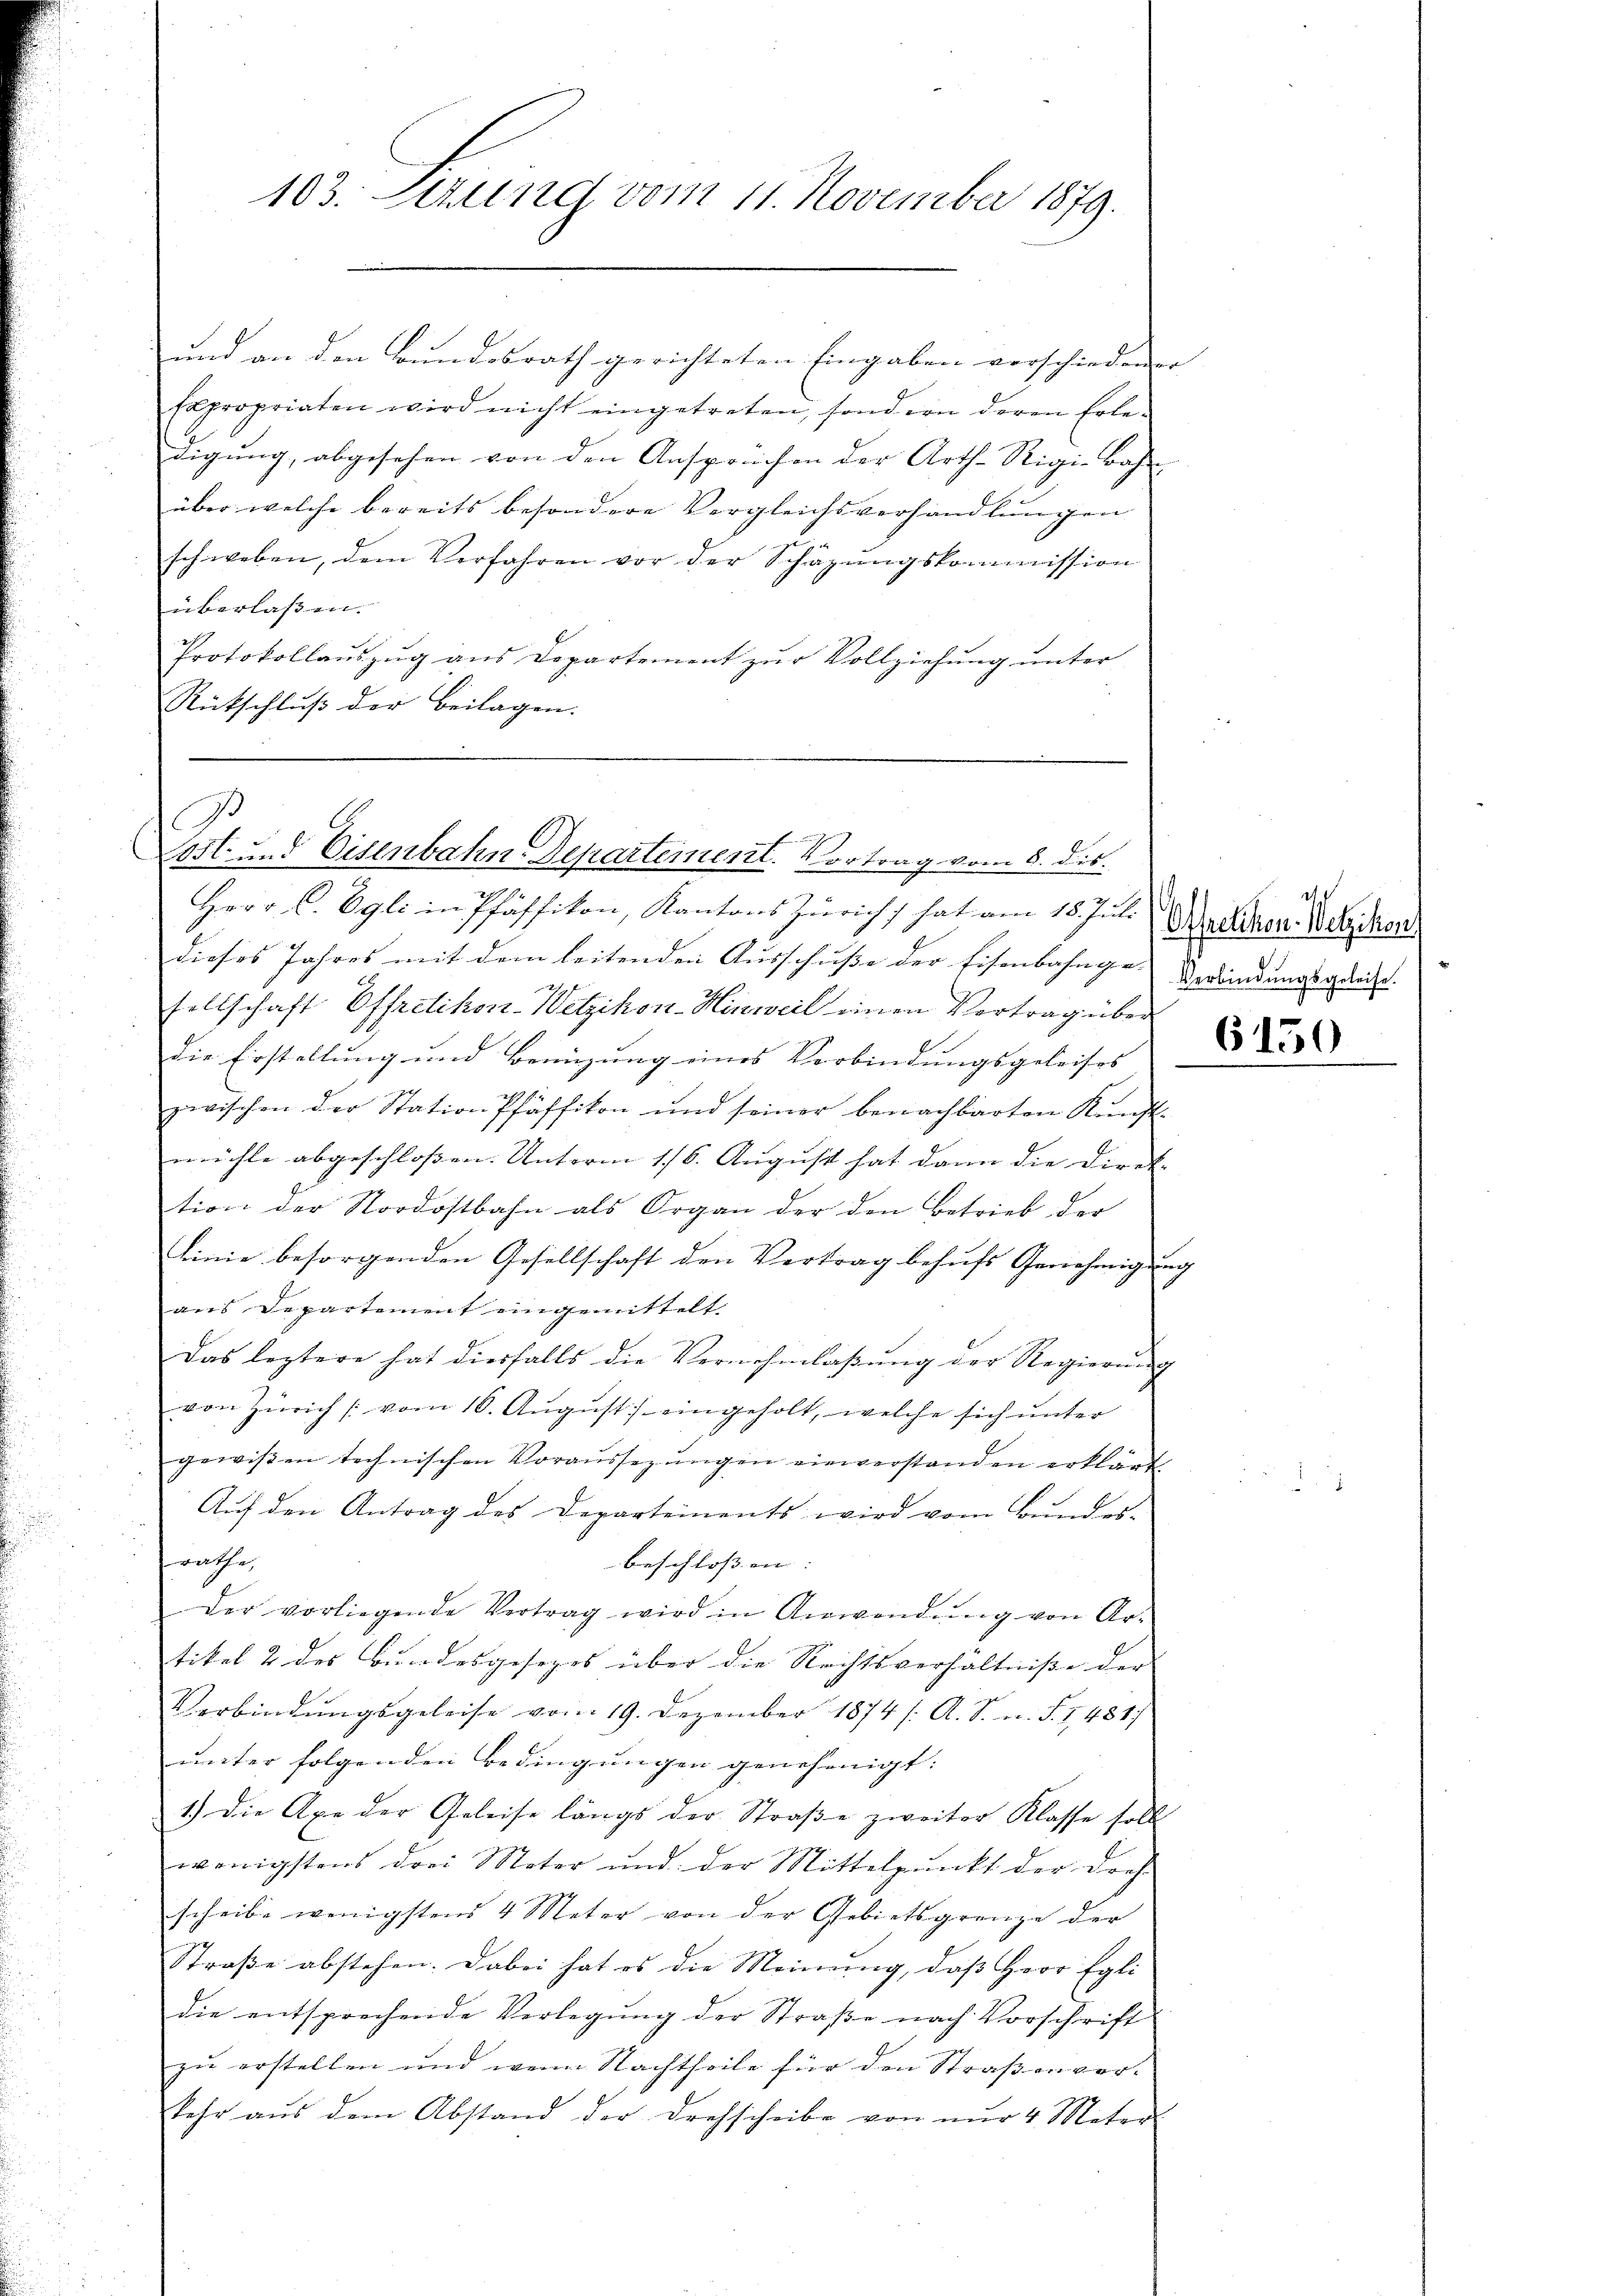
103. Sitzung vom 11. November 1879.

und an den Bundesrath gerichteten Eingaben verschiedenen
Expropriaten wird nicht eingetreten, sondern deren Erle-
digung, abgesehen von den Ansprüchen der Arth-Rigi-Bahn
über welche bereits besondere Vergleichsverhandlungen
schweben, dem Verfahren vor der Schäzŭngskommission
überlassen.
Protokollaŭszŭg aŭs Departement zŭr Vollziehŭng ŭnter
Rückschluß der Beilagen.

Jo
Lost- und Eisenbahn-Departement. Vortrag vom 6. dis.

Herr C. Egli in Pfäffikon, Kantons Züricht hat am 18. Juli
dieses Jahres mit dem leitenden Ausschuße der Eisenbahnge-Gerändungsgelei.
sellschaft Effretikon-Wetzikon-Hinweil einen Vortrag über
die Erstellung und Benizung eines Verbindungsgeleises
zwischen der Station Pfäffikon und seiner benachbarten Kunstmühle abgeschlossen. Unterm 1/6. August hat dann die Direk- |
tion der Nordostbahn als Organ der den Betrieb der
Linie besorgenden Gesellschaft den Vertrag behufs Genehmigung
aus Departement eingemittelt.
Das leztere hat diesfalls die Vernehmlaβŭng der Regierŭng
von Zürich (vom 16. Aŭgŭst eingeholt, welche sich ŭnter
gewiβen technischen Voraŭssezŭngen einverstanden erklärt
Auf den Antrag des Departements wird vom Bundes-
räthe,
beschlossen: |
Der vorliegende Vertrag wird in Anwendŭng von Ar-
tikel 2 des Bundesgesezes über die Rechtsverhältniße der
Verbindŭngsgeleise vom 19. Dezember 1874 /: A. S. m. S. I481
unter folgenden Bedingungen genehmigt:
1.) Die Axe der Geleise längs der Straβe zweiter Klasse soll
wenigstens drei Meter und der Mittelpunkt der Dres
scheibe wenigstens 4 Meter von der Gebietsgrenze der
Straβe abstehen. Dabei hat es die Meinŭng, daβ Herr Egli
die entsprechende Verlegung der Straße nach Vorschrift
zu erstellen und wenn Nachtheile für den Straßen verkehr aus dem Abstand der Drehscheibe von nur 4 Meter

Offretikon. Wetzikon,

650